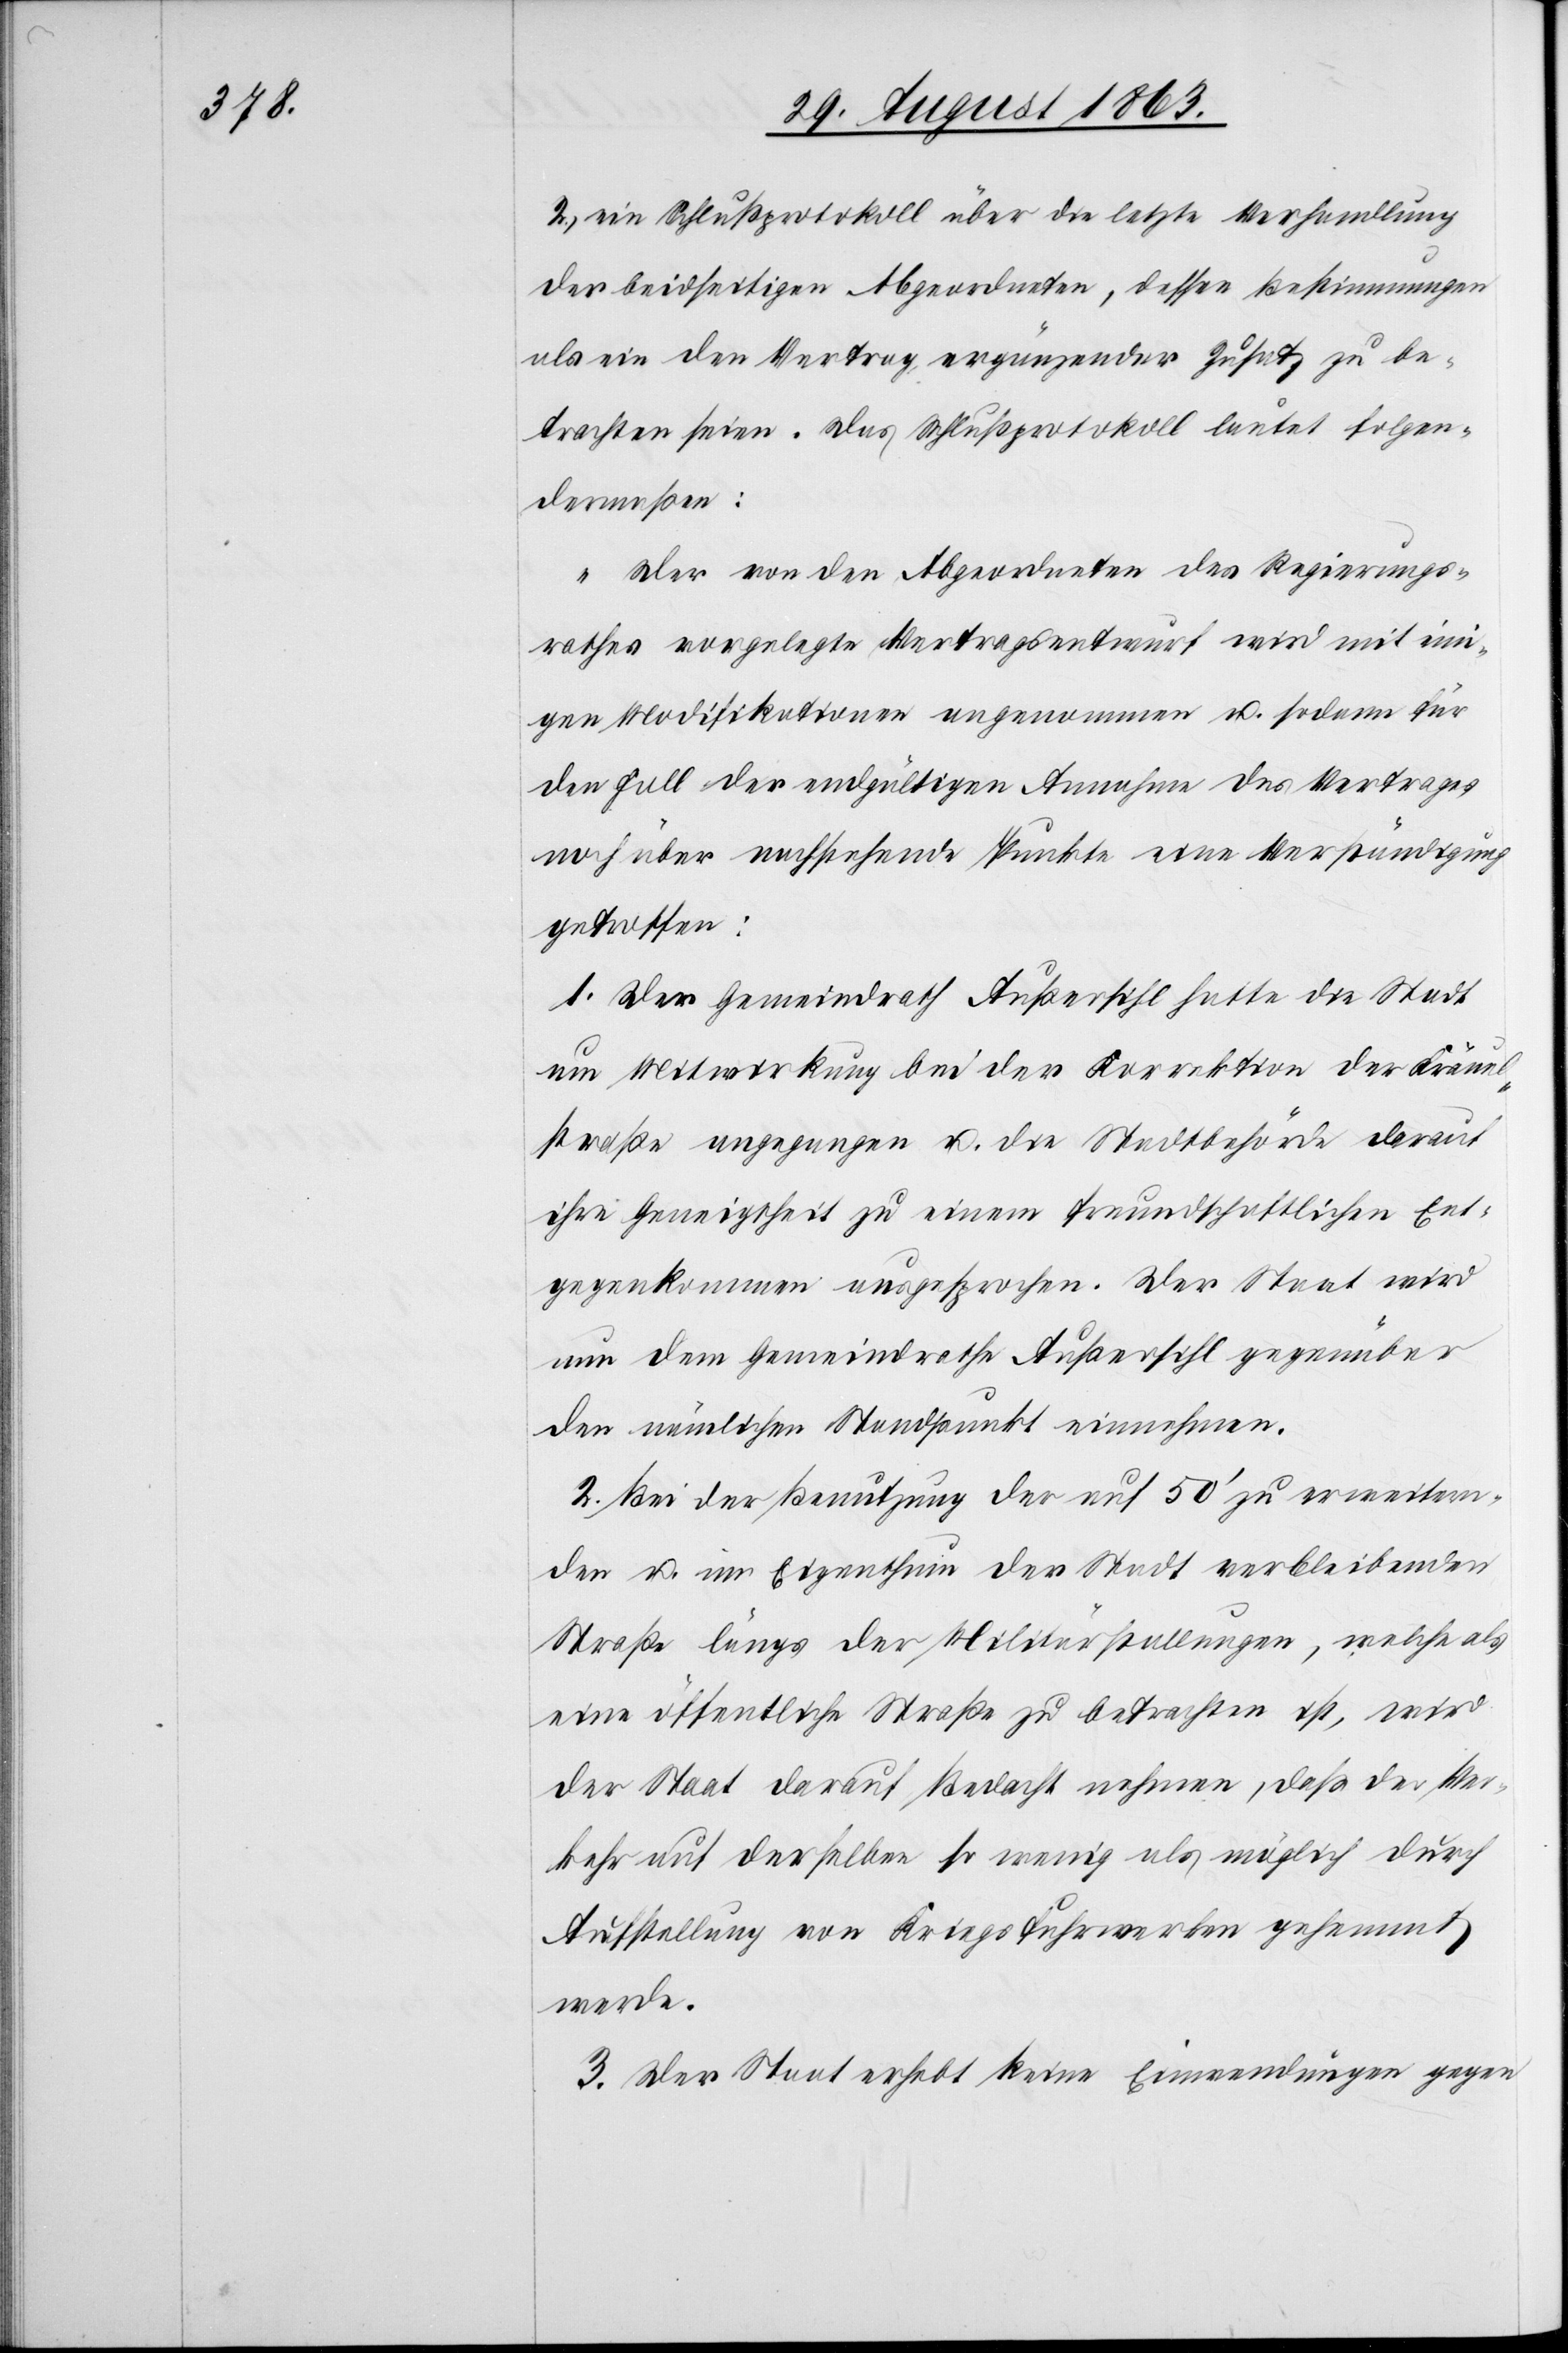
2.) ein Schlußprotokoll über die letzte Verhandlung
der beidseitigen Abgeordneten, dessen Bestimmungen
als ein den Vertrag ergänzender Zusatz zu be¬
trachten seien. Das Schlußprotokoll lautet folgen¬
dermaßen:
Der von den Abgeordneten des Regierungs¬
rathes vorgelegte Vertragsentwurf wird mit eini¬
gen Modifikationen angenommen u. sodann für
den Fall der endgültigen Annahme des Vertrages
noch über nachstehende Punkte eine Verständigung
getroffen:
1. Der Gemeindrath Außersihl hatte die Stadt
um Mitwirkung bei der Korrektion der Kräuel¬
straße angegangen u. die Stadtbehörde darauf
ihre Geneigtheit zu einem freundschaftlichen Ent¬
gegenkommen ausgesprochen. Der Staat wird
nun dem Gemeindrathe Außersihl gegenüber
den nämlichen Standpunkt einnehmen.
2. Bei der Benutzung der auf 50' zu erweitern¬
den u. im Eigenthum der Stadt verbleibenden
Straße längs der Militärstallungen, welche als
eine öffentliche Straße zu betrachten ist, wird
der Staat darauf Bedacht nehmen, daß der Ver¬
kehr auf derselben so wenig als möglich durch
Aufstellung von Kriegsfuhrwerken gehemmt
werde.
3. Der Staat erhebe keine Einwendungen gegen